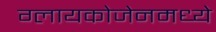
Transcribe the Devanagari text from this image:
ग्लायकोजेनमध्ये